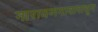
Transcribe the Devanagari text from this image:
नारायणगावापासून